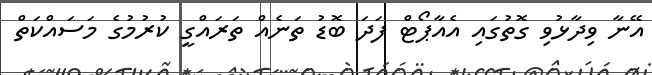
އޭނާ ވިދާޅުވި ގޮތުގައި އެއާޕޯޓް ފަދަ ބޮޑު ތަނެއް ތަރައްގީ ކުރުމުގެ މަސައްކަތް